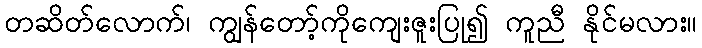
တဆိတ်လောက်၊ ကျွန်တော့်ကိုကျေးဇူးပြု၍ ကူညီ နိုင်မလား။